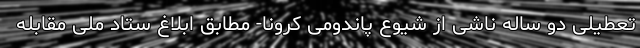
تعطیلی دو ساله ناشی از شیوع پاندومی کرونا- مطابق ابلاغ ستاد ملی مقابله